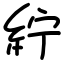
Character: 紵